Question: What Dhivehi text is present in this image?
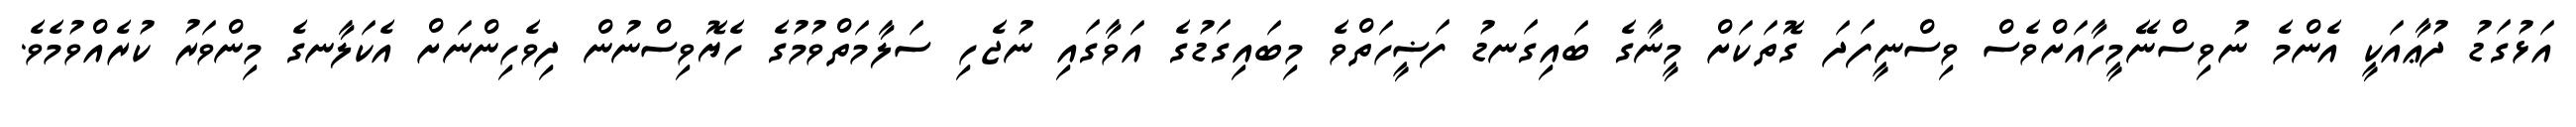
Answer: އަޅުގަޑު ދުޢާއަކީ އެންމެ ނުވިސްނޭމީހާއަށްވެސް ވިސްނީފަދަ ގޮތަކަށް މީނާގެ ބައިގަނޑު ފަޟީހަތްވެ މިބައިގަޑުގެ އަވާގައި ނުޖެހި ސަލާމަތްވުމުގެ ހެޔޮވިސްނުން ދިވެހިންނަށް އެކަލާނގެ މިންވަރު ކުރެއްވުމެވެ.